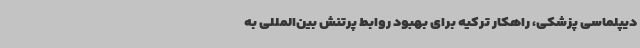
دیپلماسی پزشکی، راهکار ترکیه برای بهبود روابط پرتنش بین‌المللی به